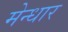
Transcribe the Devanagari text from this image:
मेन्धार